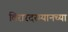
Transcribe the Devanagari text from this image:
विरारदरम्यानच्या